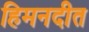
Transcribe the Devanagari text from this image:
हिमनदीत